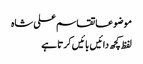
موضوعاتقاسم علی شاہ
لفظ کچھ دائیں بائیں کرتا ہے